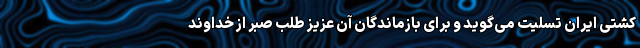
کشتی ایران تسلیت می‌گوید و برای بازماندگان آن عزیز طلب صبر از خداوند